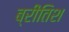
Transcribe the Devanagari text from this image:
ब्रीतिश